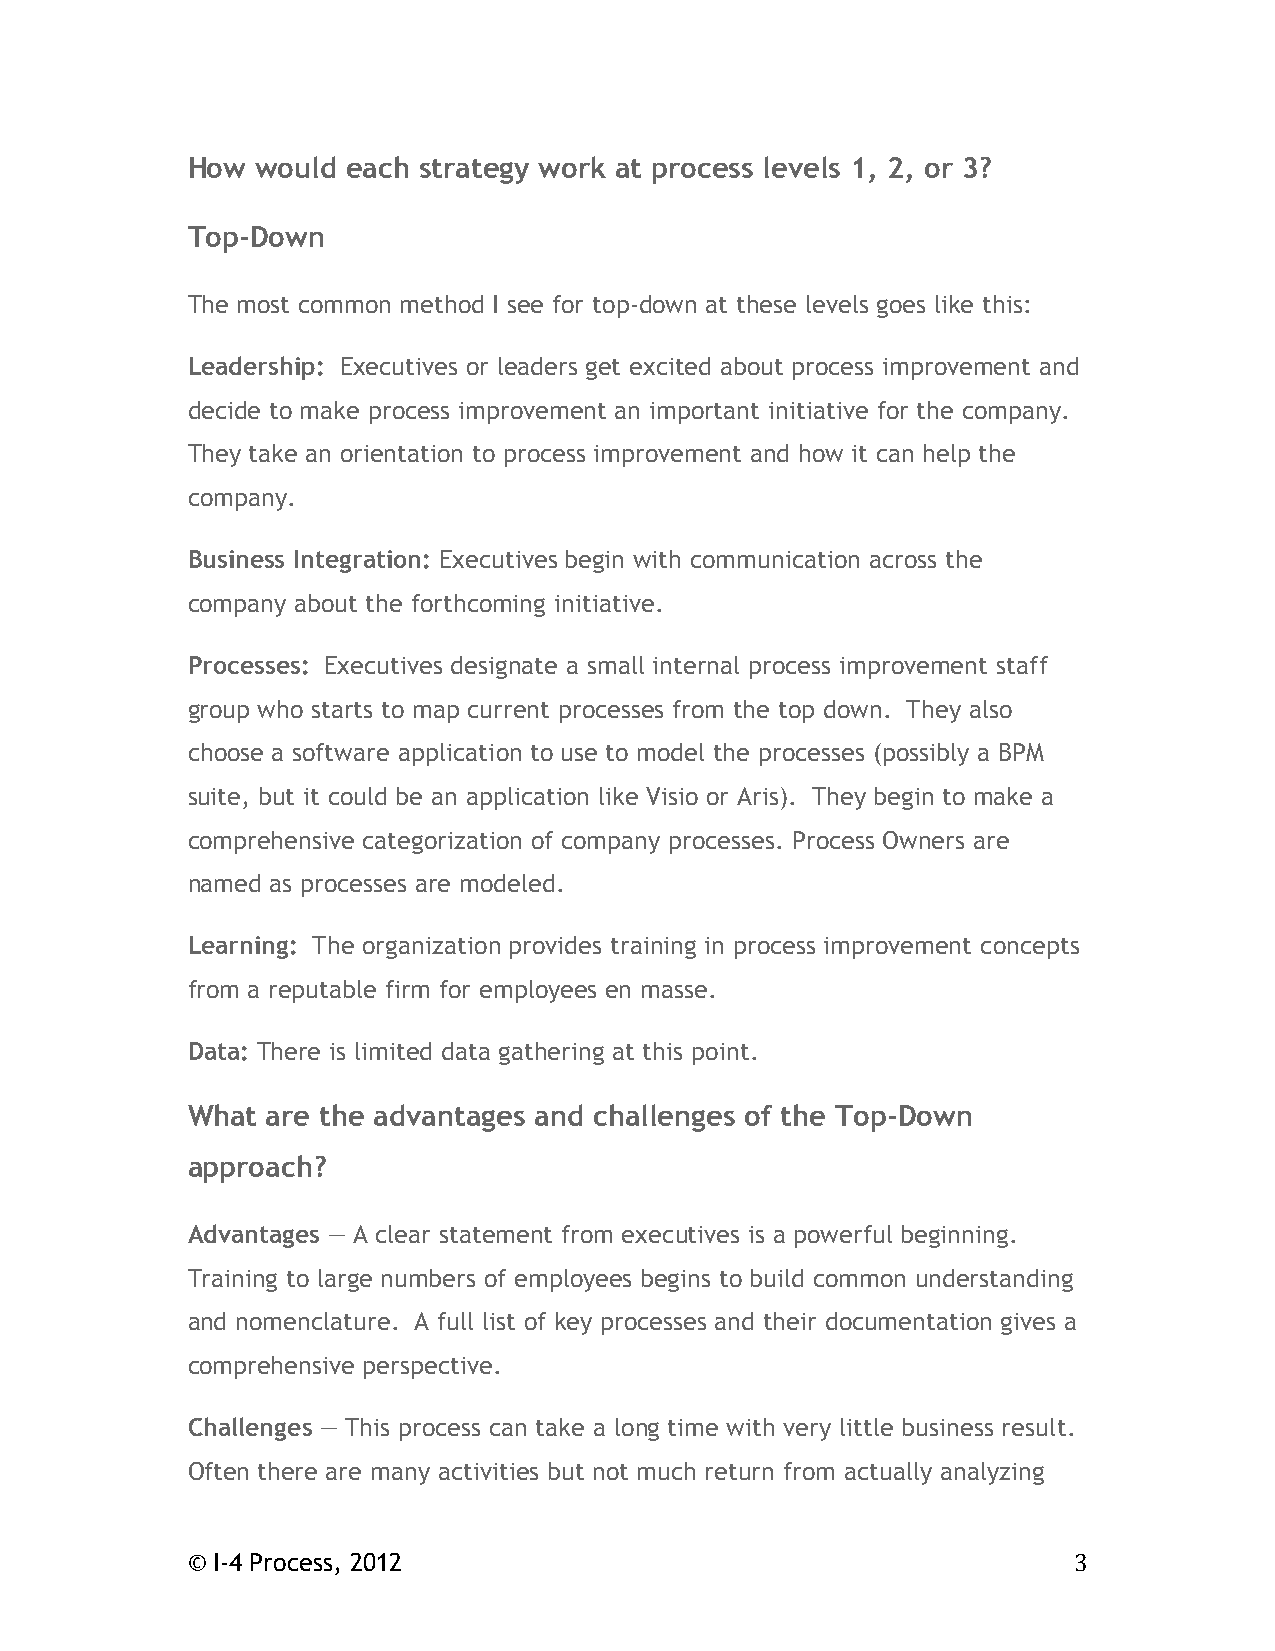
How  would each strategy work at process levels 1, 2, or 3?
 Top-Down
 The most common method I see for top-down at these levels goes like this:
 Leadership: Executives or leaders get excited about process improvement and
 decide to make process improvement an important initiative for the company.
 They take an orientation to process improvement and how it can help the
 company.
 Business Integration: Executives begin with communication across the
 company about the forthcoming initiative.
 Processes: Executives designate a small internal process improvement staff
 group who starts to map current processes from the top down. They also
 choose a software application to use to model the processes (possibly a BPM
 suite, but it could be an application like Visio or Aris). They begin to make a
 comprehensive categorization of company processes. Process Owners are
 named as processes are modeled.
 Learning: The organization provides training in process improvement concepts
 from a reputable firm for employees en masse.
 Data: There is limited data gathering at this point.
 What  are the advantages and challenges of the Top-Down
 approach?
 Advantages — A clear statement from executives is a powerful beginning.
 Training to large numbers of employees begins to build common understanding
 and nomenclature. A full list of key processes and their documentation gives a
 comprehensive perspective.
 Challenges — This process can take a long time with very little business result.
 Often there are many activities but not much return from actually analyzing
 © I-4 Process, 2012                                        3